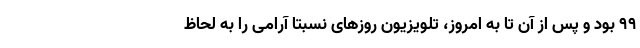
۹۹ بود و پس از آن تا به امروز، تلویزیون روزهای نسبتا آرامی را به لحاظ